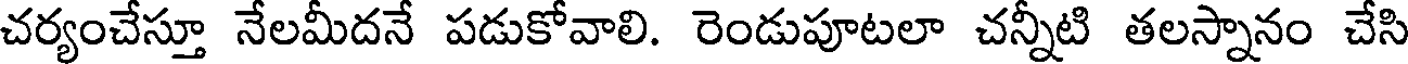
చర్యంచేస్తూ నేలమీదనే పడుకోవాలి. రెండుపూటలా చన్నీటి తలస్నానం చేసి